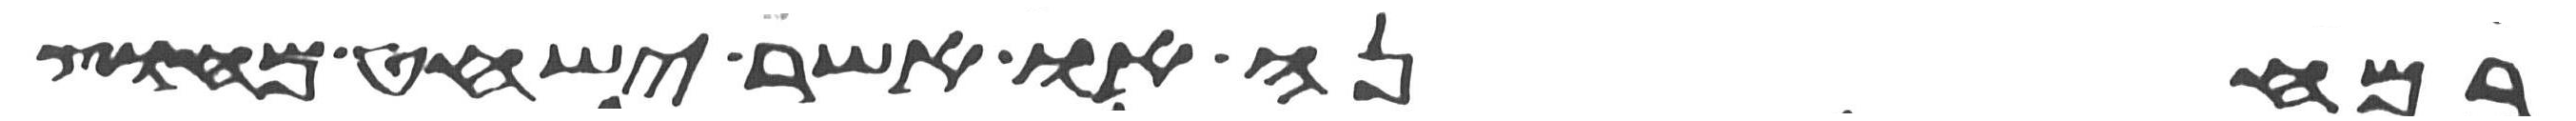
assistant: במחנה או אשר ישחט מחוץ